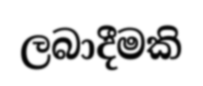
ලබාදීමකි